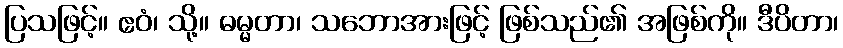
ပြသဖြင့်။ ဧဝံ၊ သို့။ ဓမ္မတာ၊ သဘောအားဖြင့် ဖြစ်သည်၏ အဖြစ်ကို။ ဒီပိတာ၊